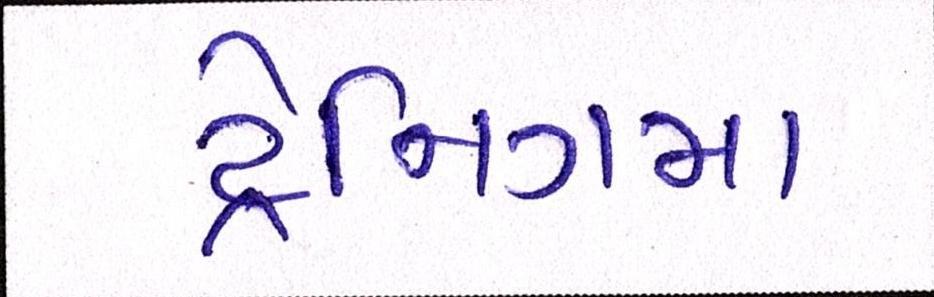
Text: ટ્રેનિગમા